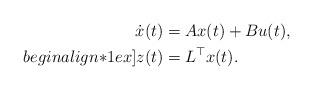
LaTeX: \begin{align*} \dot{x}(t) & = A x(t) + B u(t), \\begin{align*}1ex] z(t) & = L^\top x(t). \end{align*}